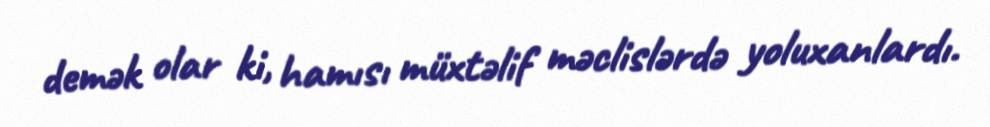
demək olar ki, hamısı müxtəlif məclislərdə yoluxanlardı.